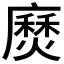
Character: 𫸅